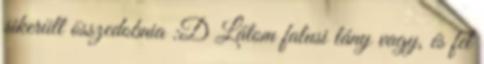
sikerült összedobnia :D Látom falusi lány vagy, és fel